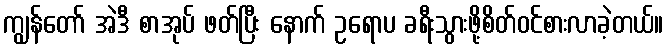
ကျွန်တော် အဲဒီ စာအုပ် ဖတ်ပြီး နောက် ဥရောပ ခရီးသွားဖို့စိတ်ဝင်စားလာခဲ့တယ်။